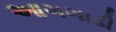
આગગાડી